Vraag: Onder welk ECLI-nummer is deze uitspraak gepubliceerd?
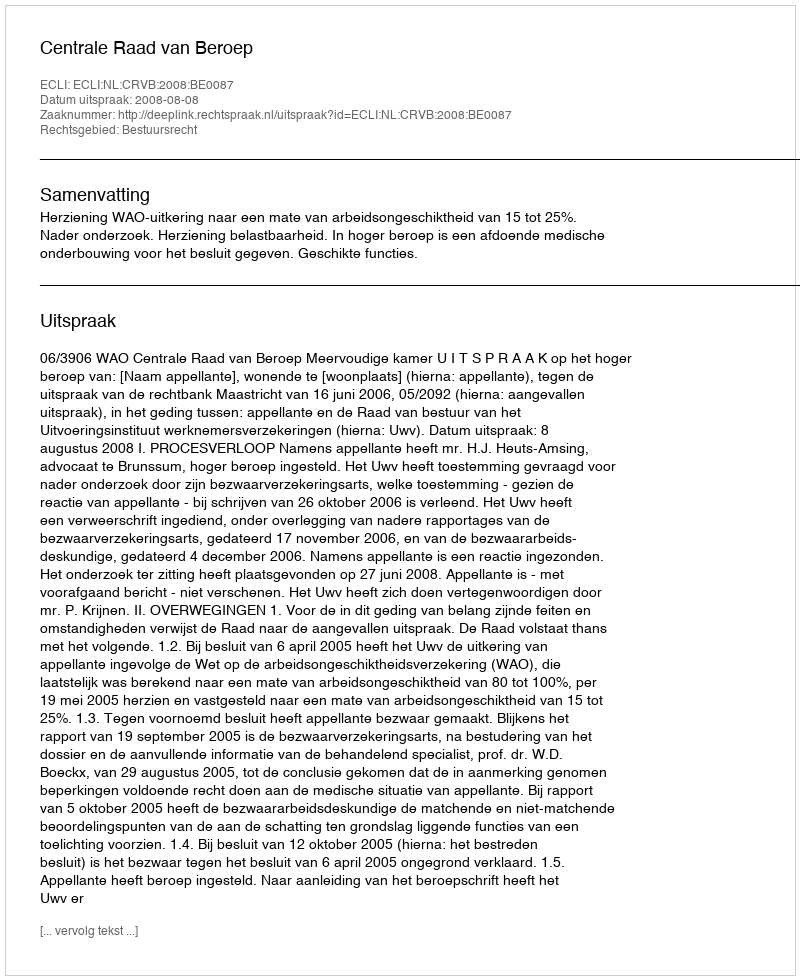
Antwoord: ECLI:NL:CRVB:2008:BE0087